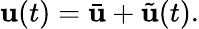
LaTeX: \mathbf{u}(t)=\bar{\mathbf{u}}+\tilde{\mathbf{u}}(t).